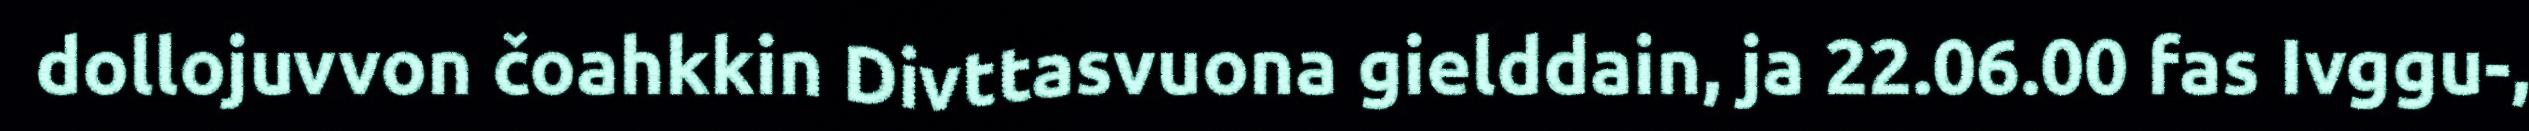
dollojuvvon čoahkkin Divttasvuona gielddain, ja 22.06.00 fas Ivggu-,